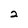
Character: 2